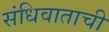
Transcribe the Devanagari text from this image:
संधिवाताची